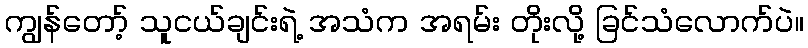
ကျွန်တော့် သူငယ်ချင်းရဲ့ အသံက အရမ်း တိုးလို့ ခြင်သံလောက်ပဲ။